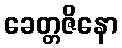
ခေတ္တဇိနော